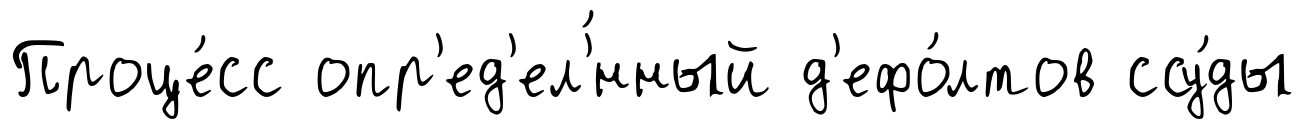
Проце́сс опр'ед'ел'́нный д'ефо́лтов ссу́ды